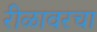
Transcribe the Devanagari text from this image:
रीळावरचा